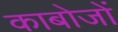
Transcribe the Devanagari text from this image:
काबोजों